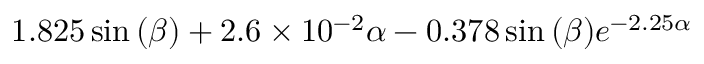
1 . 8 2 5 \sin { \left( \beta \right) } + 2 . 6 \times 1 0 ^ { - 2 } \alpha - 0 . 3 7 8 \sin { \left( \beta \right) } e ^ { - 2 . 2 5 \alpha }